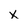
Character: x